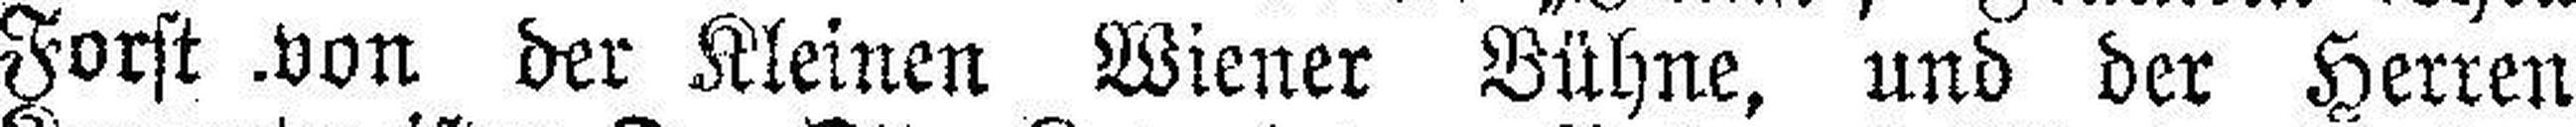
Forst .von der Kleinen Wiener Bühne, und der Herren